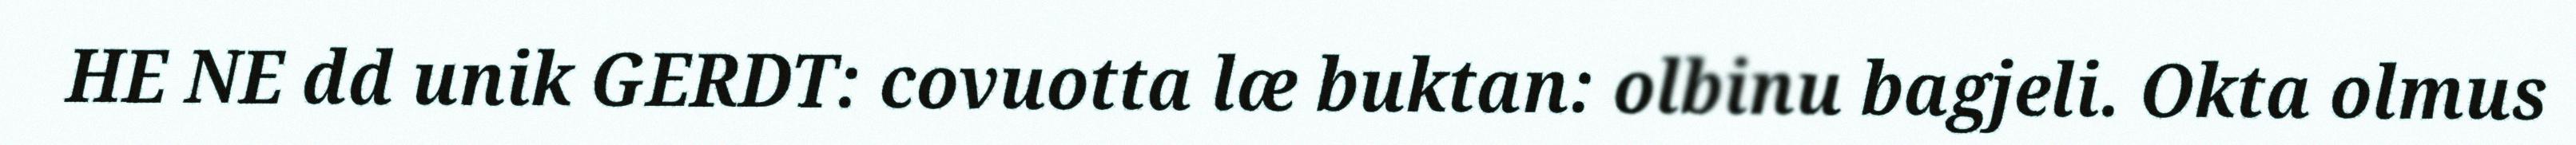
HE NE dd unik GERDT: covuotta læ buktan: olbinu bagjeli. Okta olmus